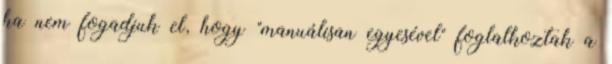
ha nem fogadjuk el, hogy "manuálisan egyesével" foglalkoztak a